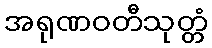
အရုဏဝတီသုတ္တံ